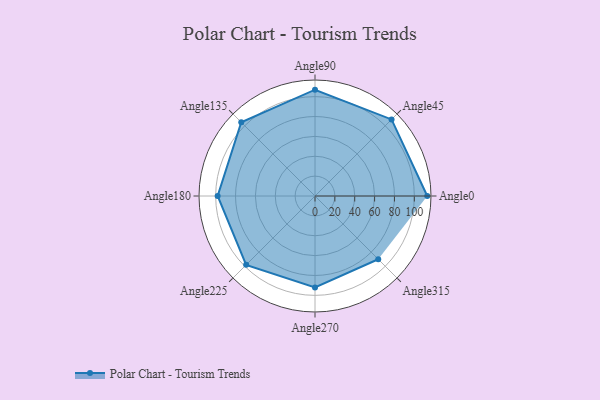
{"axis": {"x": "Angle", "y": "Radius"}, "legend": [""], "data": [{"x": "Angle0", "y": 113.0, "type": ""}, {"x": "Angle45", "y": 109.0, "type": ""}, {"x": "Angle90", "y": 107.0, "type": ""}, {"x": "Angle135", "y": 105.0, "type": ""}, {"x": "Angle180", "y": 98.0, "type": ""}, {"x": "Angle225", "y": 98.0, "type": ""}, {"x": "Angle270", "y": 92.0, "type": ""}, {"x": "Angle315", "y": 90.0, "type": ""}]}